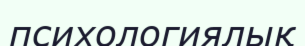
психологиялық